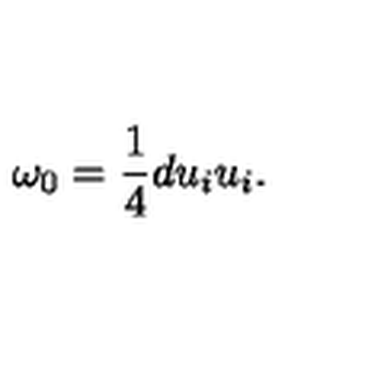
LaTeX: \omega _ { 0 } = \frac 1 4 d u _ { i } u _ { i } .